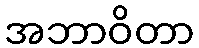
အဘာဝိတာ